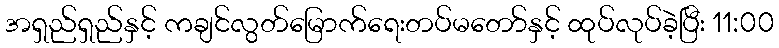
အရှည်ရှည်နှင့် ကချင်လွတ်မြောက်ရေးတပ်မတော်နှင့် ထုပ်လုပ်ခဲ့ပြီး 11:00